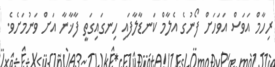
ރިހާމް އަވަސް އަވަހަށް ފޯނުގެ އެލާމް ކަނޑާލާފައި ހިނގައިގަތީ ފާޚާނާ އަށް ވަނުމަށެވެ.